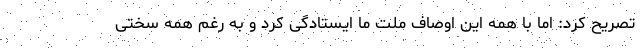
تصریح کرد: اما با همه این اوصاف ملت ما ایستادگی کرد و به رغم همه سختی